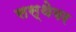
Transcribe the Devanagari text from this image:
सस्थेवर